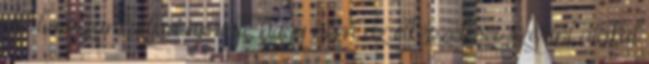
Ne bosszan­kodjon amiatt, hogy nem az elképzelései szerint alakul